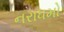
નરાધમો